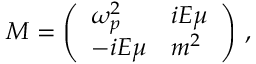
{ \cal M } = \left( \begin{array} { l l } { { \omega _ { p } ^ { 2 } } } & { { i { \cal E } \mu } } \\ { { - i { \cal E } \mu } } & { { m ^ { 2 } } } \end{array} \right) \, ,